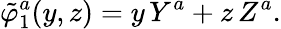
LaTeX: \tilde{\varphi}_{1}^{a}(y,z)=y\, Y^{a}+z\, Z^{a}.